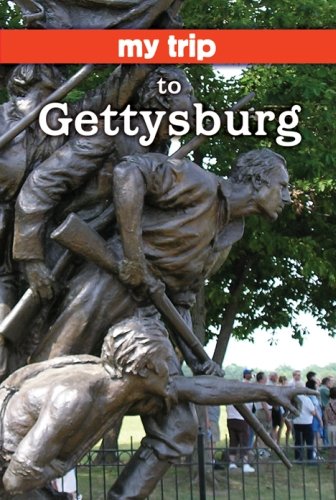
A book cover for My Trip to Gettysburg; J. Patrick Polley; Teen & Young Adult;